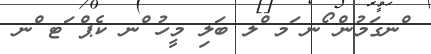
ްނގަމުން ޯނ ަމ ްލ ބަލި މީހު ްނ ކެޕް ަޓ ްނ